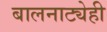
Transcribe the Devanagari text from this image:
बालनाट्येही